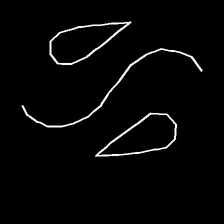
Glyph: water